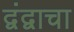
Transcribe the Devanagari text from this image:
द्वंद्वाचा